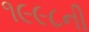
૧૯૯૮ની